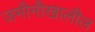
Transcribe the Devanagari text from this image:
जमीनीखालील